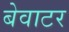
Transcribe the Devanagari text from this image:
बेवाटर